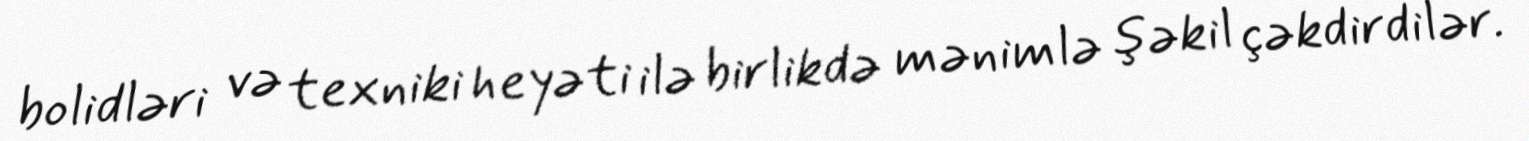
bolidləri və texniki heyəti ilə birlikdə mənimlə şəkil çəkdirdilər.